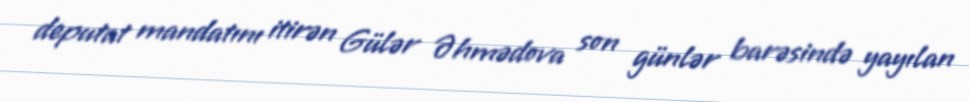
deputat mandatını itirən Gülər Əhmədova son günlər barəsində yayılan